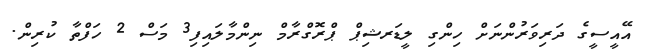
އޭއީސީގެ ދަރިވަރުންނަށް ހިންގި ލީޑަރޝިޕް ޕްރޮގްރާމް ނިންމާލައިފި3 މަސް 2 ހަފްތާ ކުރިން.